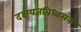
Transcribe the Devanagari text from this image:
दक्षयज्ञविध्वसंक